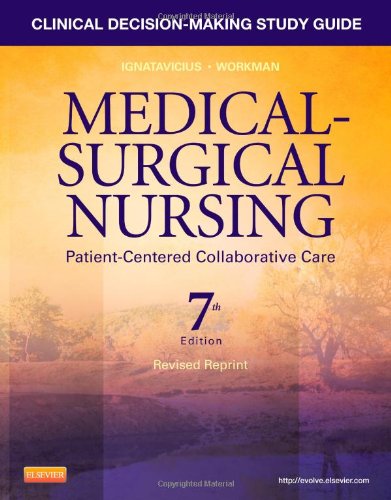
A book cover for Clinical Decision-Making Study Guide for Medical-Surgical Nursing - Revised Reprint: Patient-Centered Collaborative Care, 7e; Donna D. Ignatavicius MS  RN  ANEF; Medical Books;